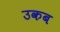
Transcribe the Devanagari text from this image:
उकब